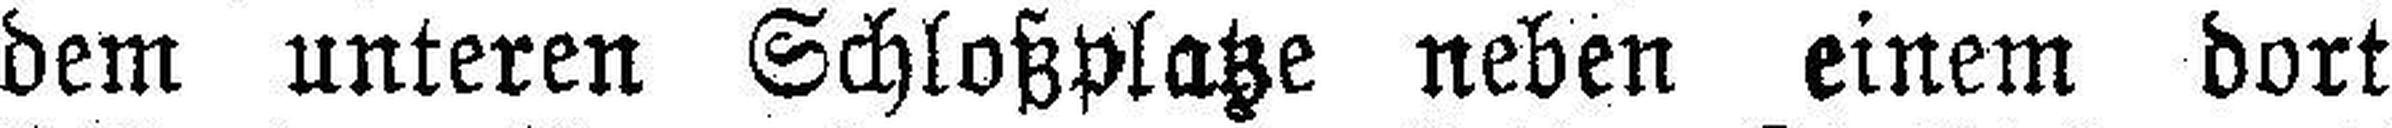
dem unteren Schloßplatze neben einem dort